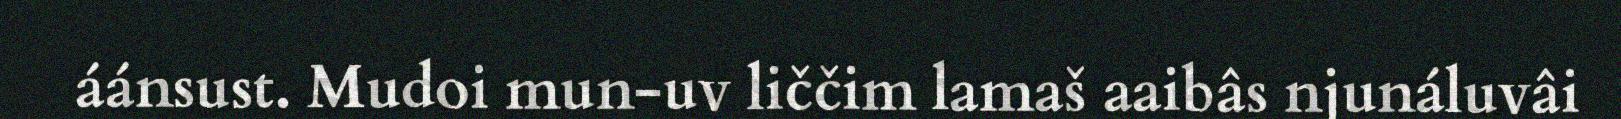
áánsust. Mudoi mun-uv liččim lamaš aaibâs njunáluvâi